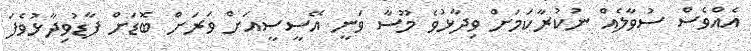
އެއްވެސް ސުވާލެއް ނުކުރާކަމަށް ވިދާޅުވެ މޫސާ ވަނީ އޭސީސީއަށް ވަރަށް ބޮޑަށް ފާޑުވިދާޅުވެފަ